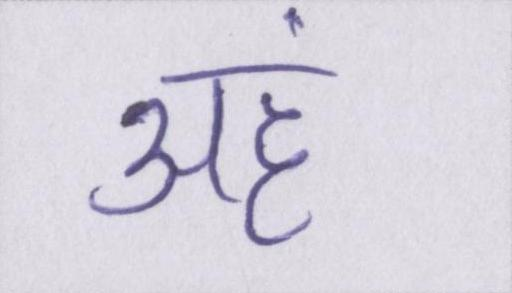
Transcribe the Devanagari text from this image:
अहं